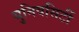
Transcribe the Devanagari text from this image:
युनिवसिर्टी